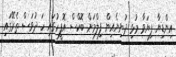
އިންޑިޔާ ފިޔަވާ މުޅި ދުނިޔެއިން ފިލްމަށް ބޮކްސް އޮފީހުގައި ހަ ދުވަސް ތެރޭގައި